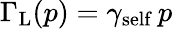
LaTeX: {\Gamma_{\mathrm{L}}}(p)=\gamma_{\mathrm{self}}\, p